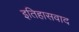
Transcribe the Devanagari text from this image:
इतिहासवाद